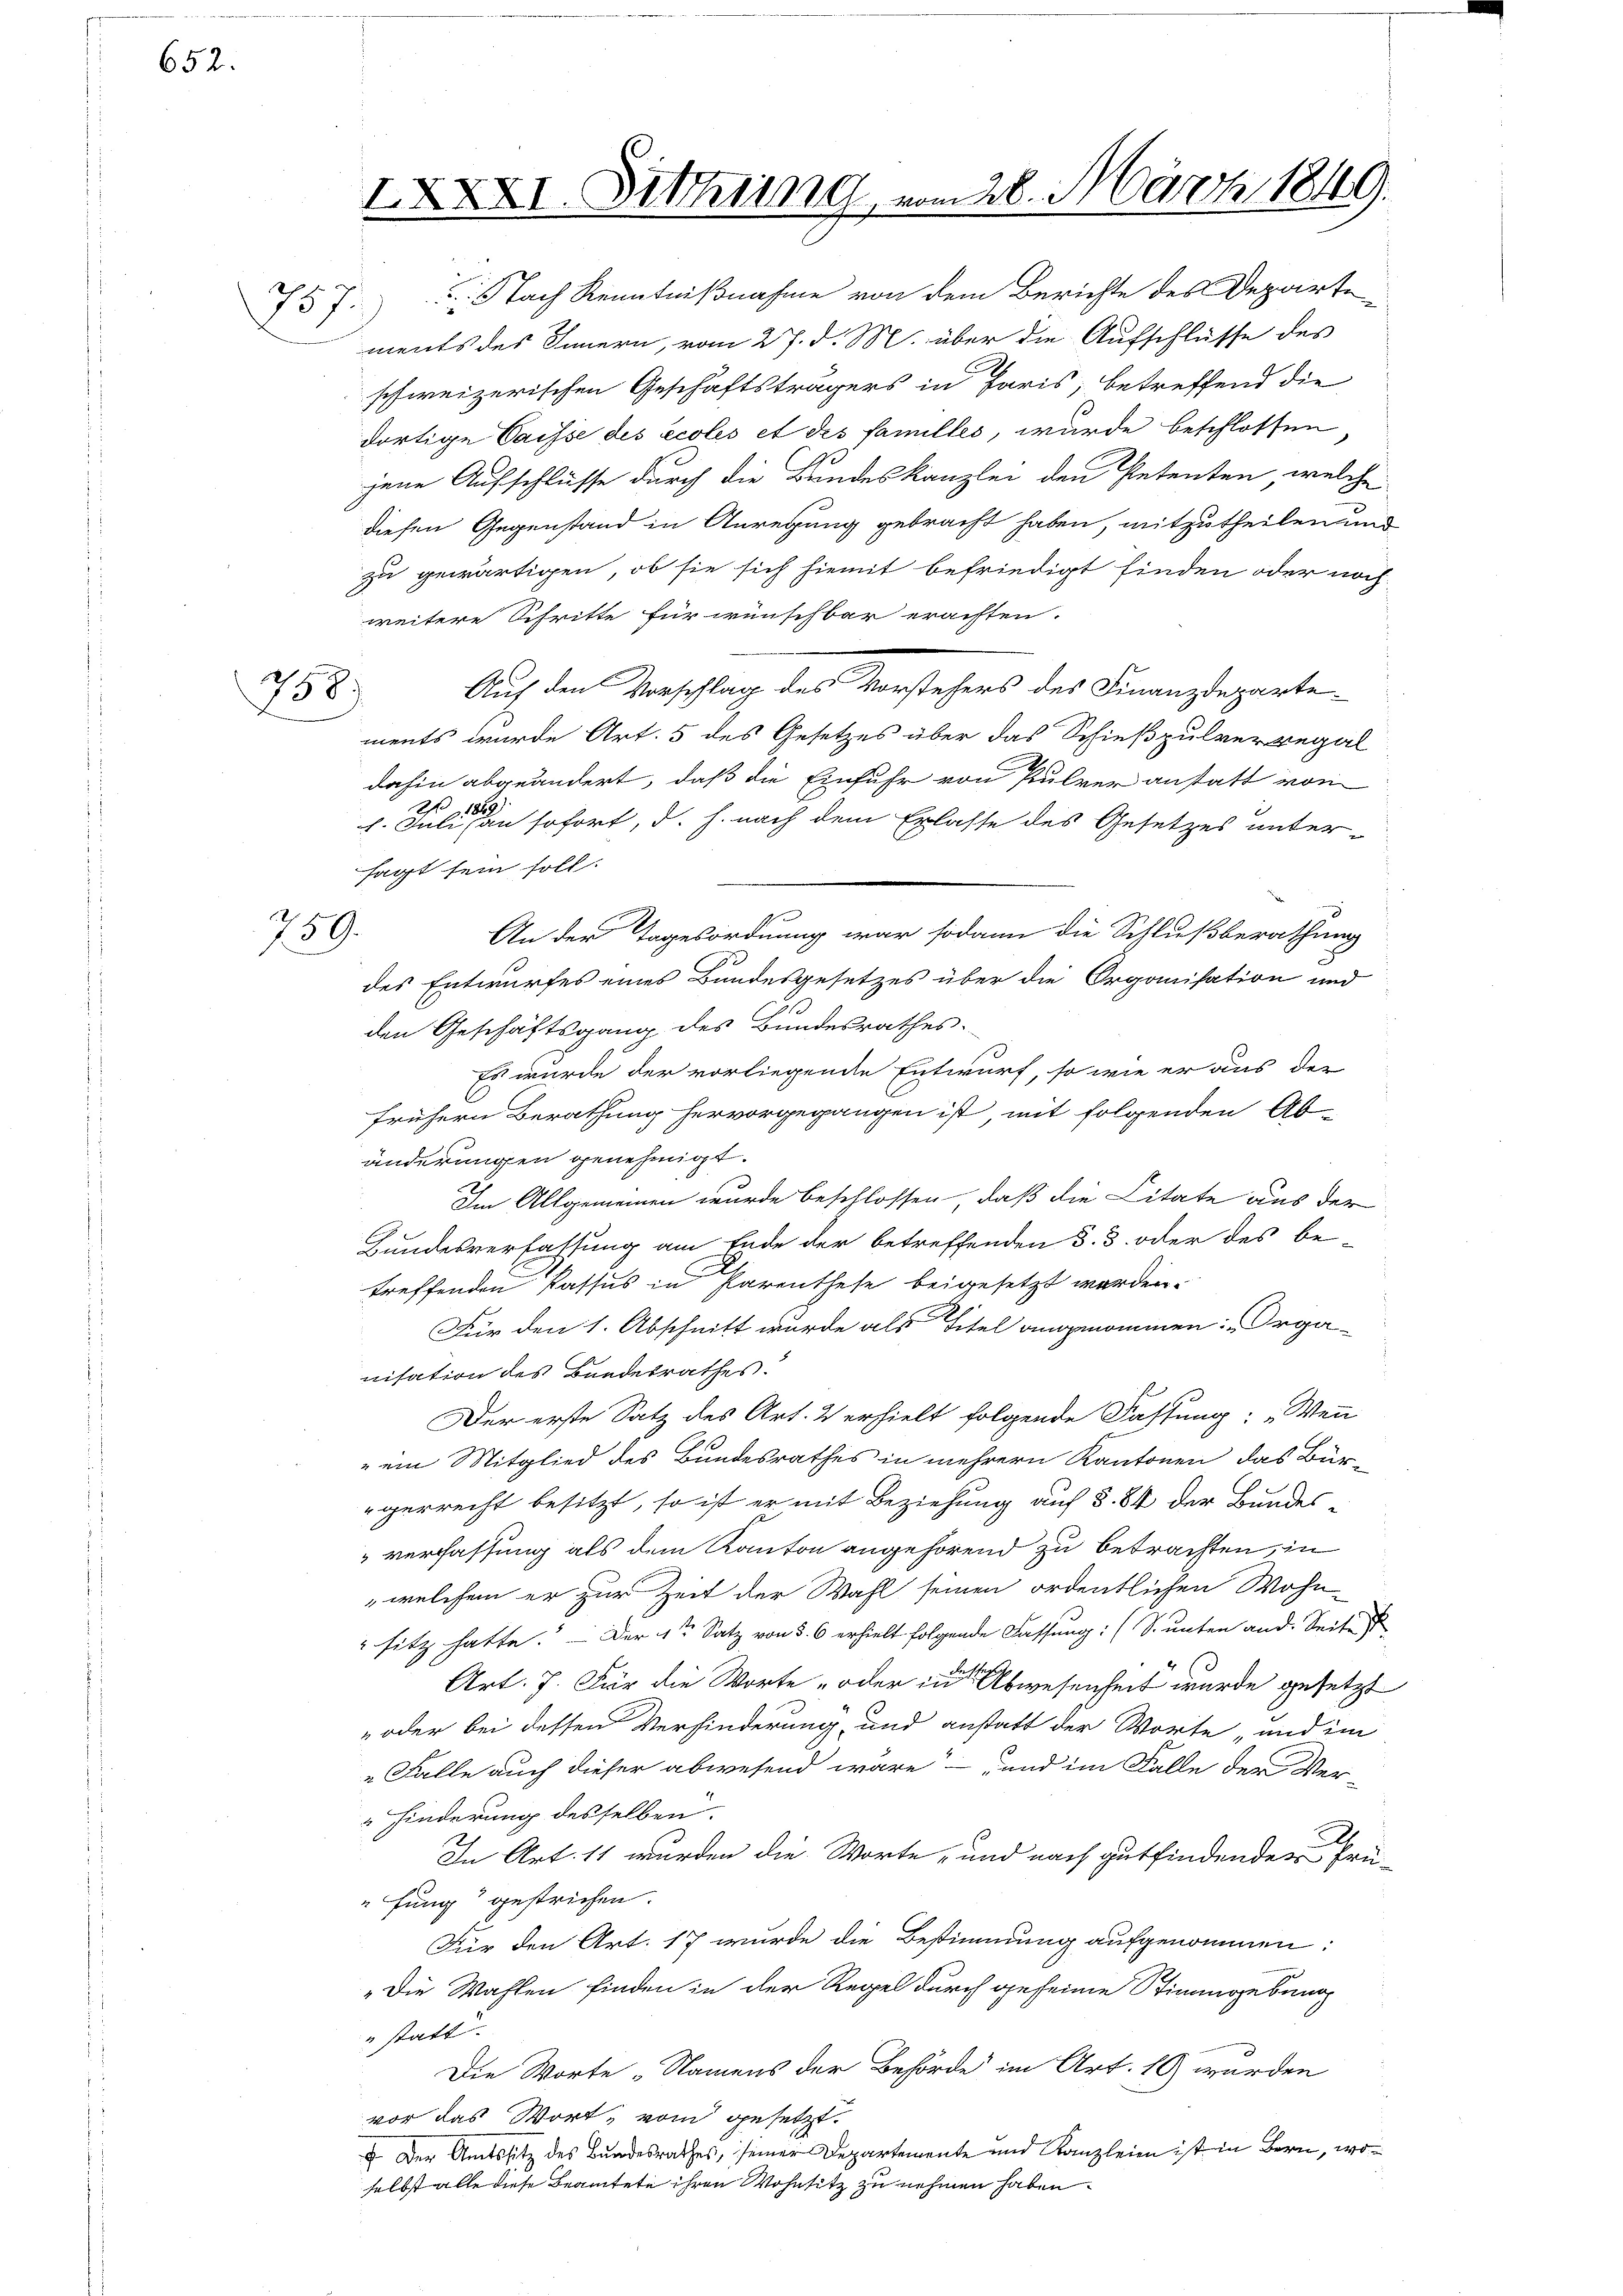
652.

757.

238)

759.

.Nach Kenntnißnahme von dem Berichte des Departe
ments des Innern, vom 27. d. M. über die Aufschlüsse des
schweizerischen Geschäftsträgers in Paris, betreffend die
dortige Caisse des écoles et des familles, wurde beschlossen
jene Aufschlüsse durch die Bundeskanzlei den Petenten, welche
diesen Gegenstand in Anregung gebracht haben, mitzutheilen und
zu gewärtigen, ob sie sich hiemit befriedigt finden oder noch
weitere Schritte für wünschbar erachten.
Auf den Vorschlag des Vorstehers des Finanzdepartements wurde Art. 5 des Gesetzes über das Schießpulverregal
dahin abgeändert, daß die Einfuhr von Pulver anstatt von
1. Juli an sofort, d. h. nach dem Erlasse des Gesetzes unter-
sagt sein soll.
An der Tagesordnung war sodann die Schlußberathung
des Entwurfes eines Bundesgesetzes über die Organisation und
den Geschäftsgang des Bundesrathes.
Es wurde der vorliegende Entwurf, so wie er aus der
frühern Berathung hervorgegangen ist mit folgenden Ab-
änderungen genehmigt.
Im Allgemeinen wurde beschlossen, daß die Citate aus der
Bundesverfassung am Ende der betreffenden 3. 3. oder des be-
treffenden Passus in Parenthese beigesetzt worden.
Für den 1. Abschnitt wurde als Titel angenommen: „Organisation des Bundesrathes.
Der erste Satz des Art. 2 erhielt folgende Fassung: „Wenn
" ein Mitglied des Bundesrathes in mehrern Kantonen das Bürgerrecht besitzt, so ist er mit Beziehung auf § 84 der Bundes¬
" verfassung als dem Kanton angehörend zu betrachten, in
,welchem er zur Zeit der Wahl seinen ordentlichen Wohn¬
 sitz hatte.“ — Der 4te Satz von 5. 6 erhielt folgende Fassung: (S. unten and. Seite
Art. 7. Für die Worte „oder in Abwesenheit wurde gesetzt
 oder bei dessen Verhinderung, und anstatt der Worte und im
„Falle auch dieser abwesend wäre – und im Falle der Ver-
hinderung desselben.
.
In Art. 11 wurden die Worte, und nach gutfindenden Prüfung gestrichen.
Für den Art. 17 wurde die Bestimmung aufgenommen:
"Die Wahlen finden in der Regel durch geheime Stimmgebung
" statt.
Die Worte „Namens der Behörde im Art. 19 wurden
vor das Wort, vom gesetzt.
F. Der Amtssitz des Bundesrathes, seiner Departemente und Kanzleien ist in Bern, woselbst alle diese Beamtete ihren Wohnsitz zu nehmen haben

IXXXI. Sitzung vom 28. März 1849.